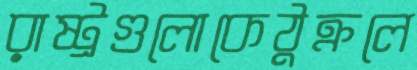
রাষ্ট্রগুলোকেঠুক্‌রলে